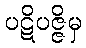
ပဋိပဇ္ဇိမှ